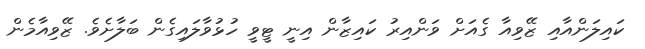
ކައިލަންއާއި ޒޭވިއާ ގެއަށް ވަންއިރު ކައިޒާން އިނީ ޓީވީ ހުޅުވާލައިގެން ބަލާށެވެ. ޒޭވިއާމެން